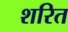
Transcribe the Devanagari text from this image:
शरित